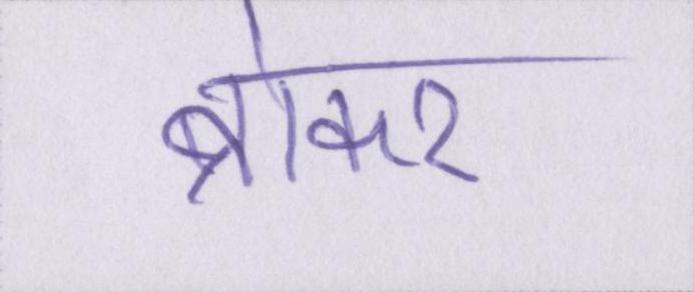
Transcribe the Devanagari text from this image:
ब्रोकर